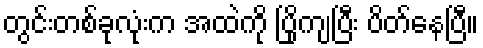
တွင်းတစ်ခုလုံးက အထဲကို ပြိုကျပြီး ပိတ်နေပြီ။